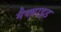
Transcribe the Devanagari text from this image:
मैक्ब्राइड